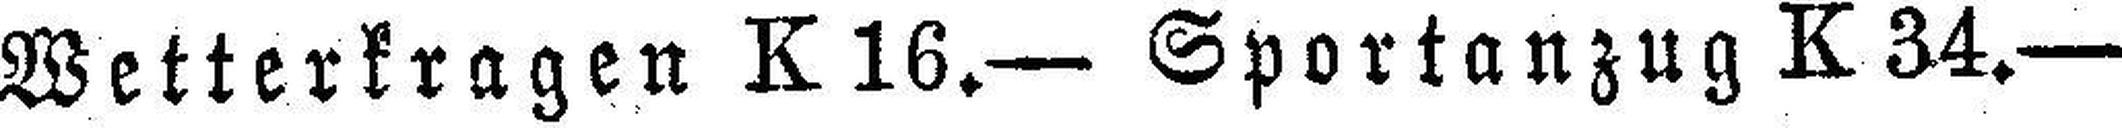
Wetterkragen K 16.— Sportanzug K 34.—